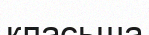
класьша